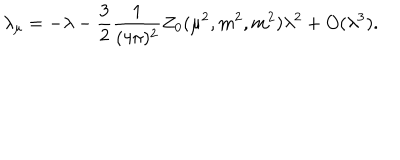
\lambda _ { \mu } = - \lambda - \frac { 3 } { 2 } \frac { 1 } { ( 4 \pi ) ^ { 2 } } Z _ { 0 } ( \mu ^ { 2 } , m ^ { 2 } , m ^ { 2 } ) \lambda ^ { 2 } + O ( \lambda ^ { 3 } ) .